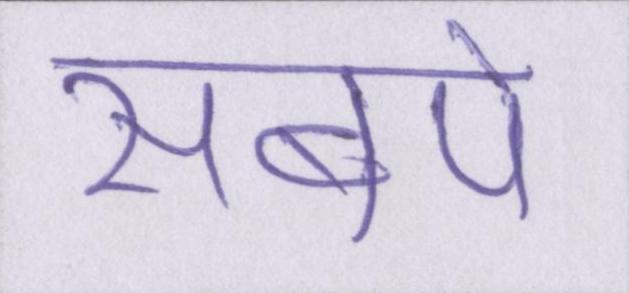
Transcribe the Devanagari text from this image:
सबपे